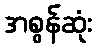
အစွန်ဆုံး